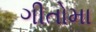
ગીતોમા